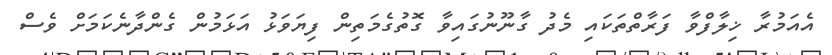
އެއަމުރާ ޚިލާފްވާ ފަރާތްތަކައި މެދު ގާނޫނުގައިވާ ގޮތުގެމަތިން ފިޔަވަޅު އަޅަމުން ގެންދާނެކަމަށް ވެސް